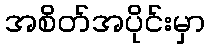
အစိတ်အပိုင်းမှာ